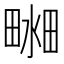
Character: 𤲴